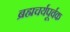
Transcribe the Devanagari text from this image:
ब्रह्मचर्यपूर्वक